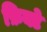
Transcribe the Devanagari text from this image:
फ़िक्टे